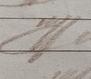
Signature authenticity: genuine